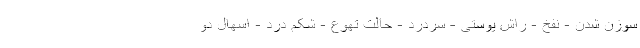
سوزن شدن - نفخ - راش پوستی - سردرد - حالت تهوع - شکم درد - اسهال دو